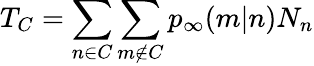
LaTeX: T_{C}=\sum_{n\in C}\sum_{m\not\in C}p_{\infty}(m|n)N_{n}